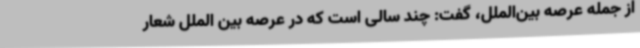
از جمله عرصه بین‌الملل، گفت: چند سالی است که در عرصه بین الملل شعار